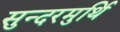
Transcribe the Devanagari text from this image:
सुन्दरमुर्थि